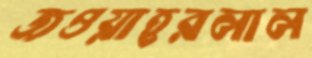
জওয়াহরলাল